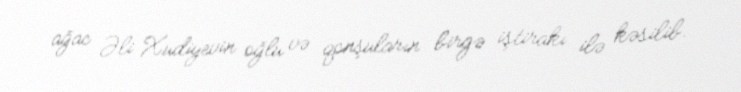
ağac Əli Xudiyevin oğlu və qonşuların birgə iştirakı ilə kəsilib.